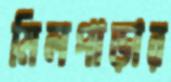
মিলপাড়ার